Kambja_algkool, lk 73
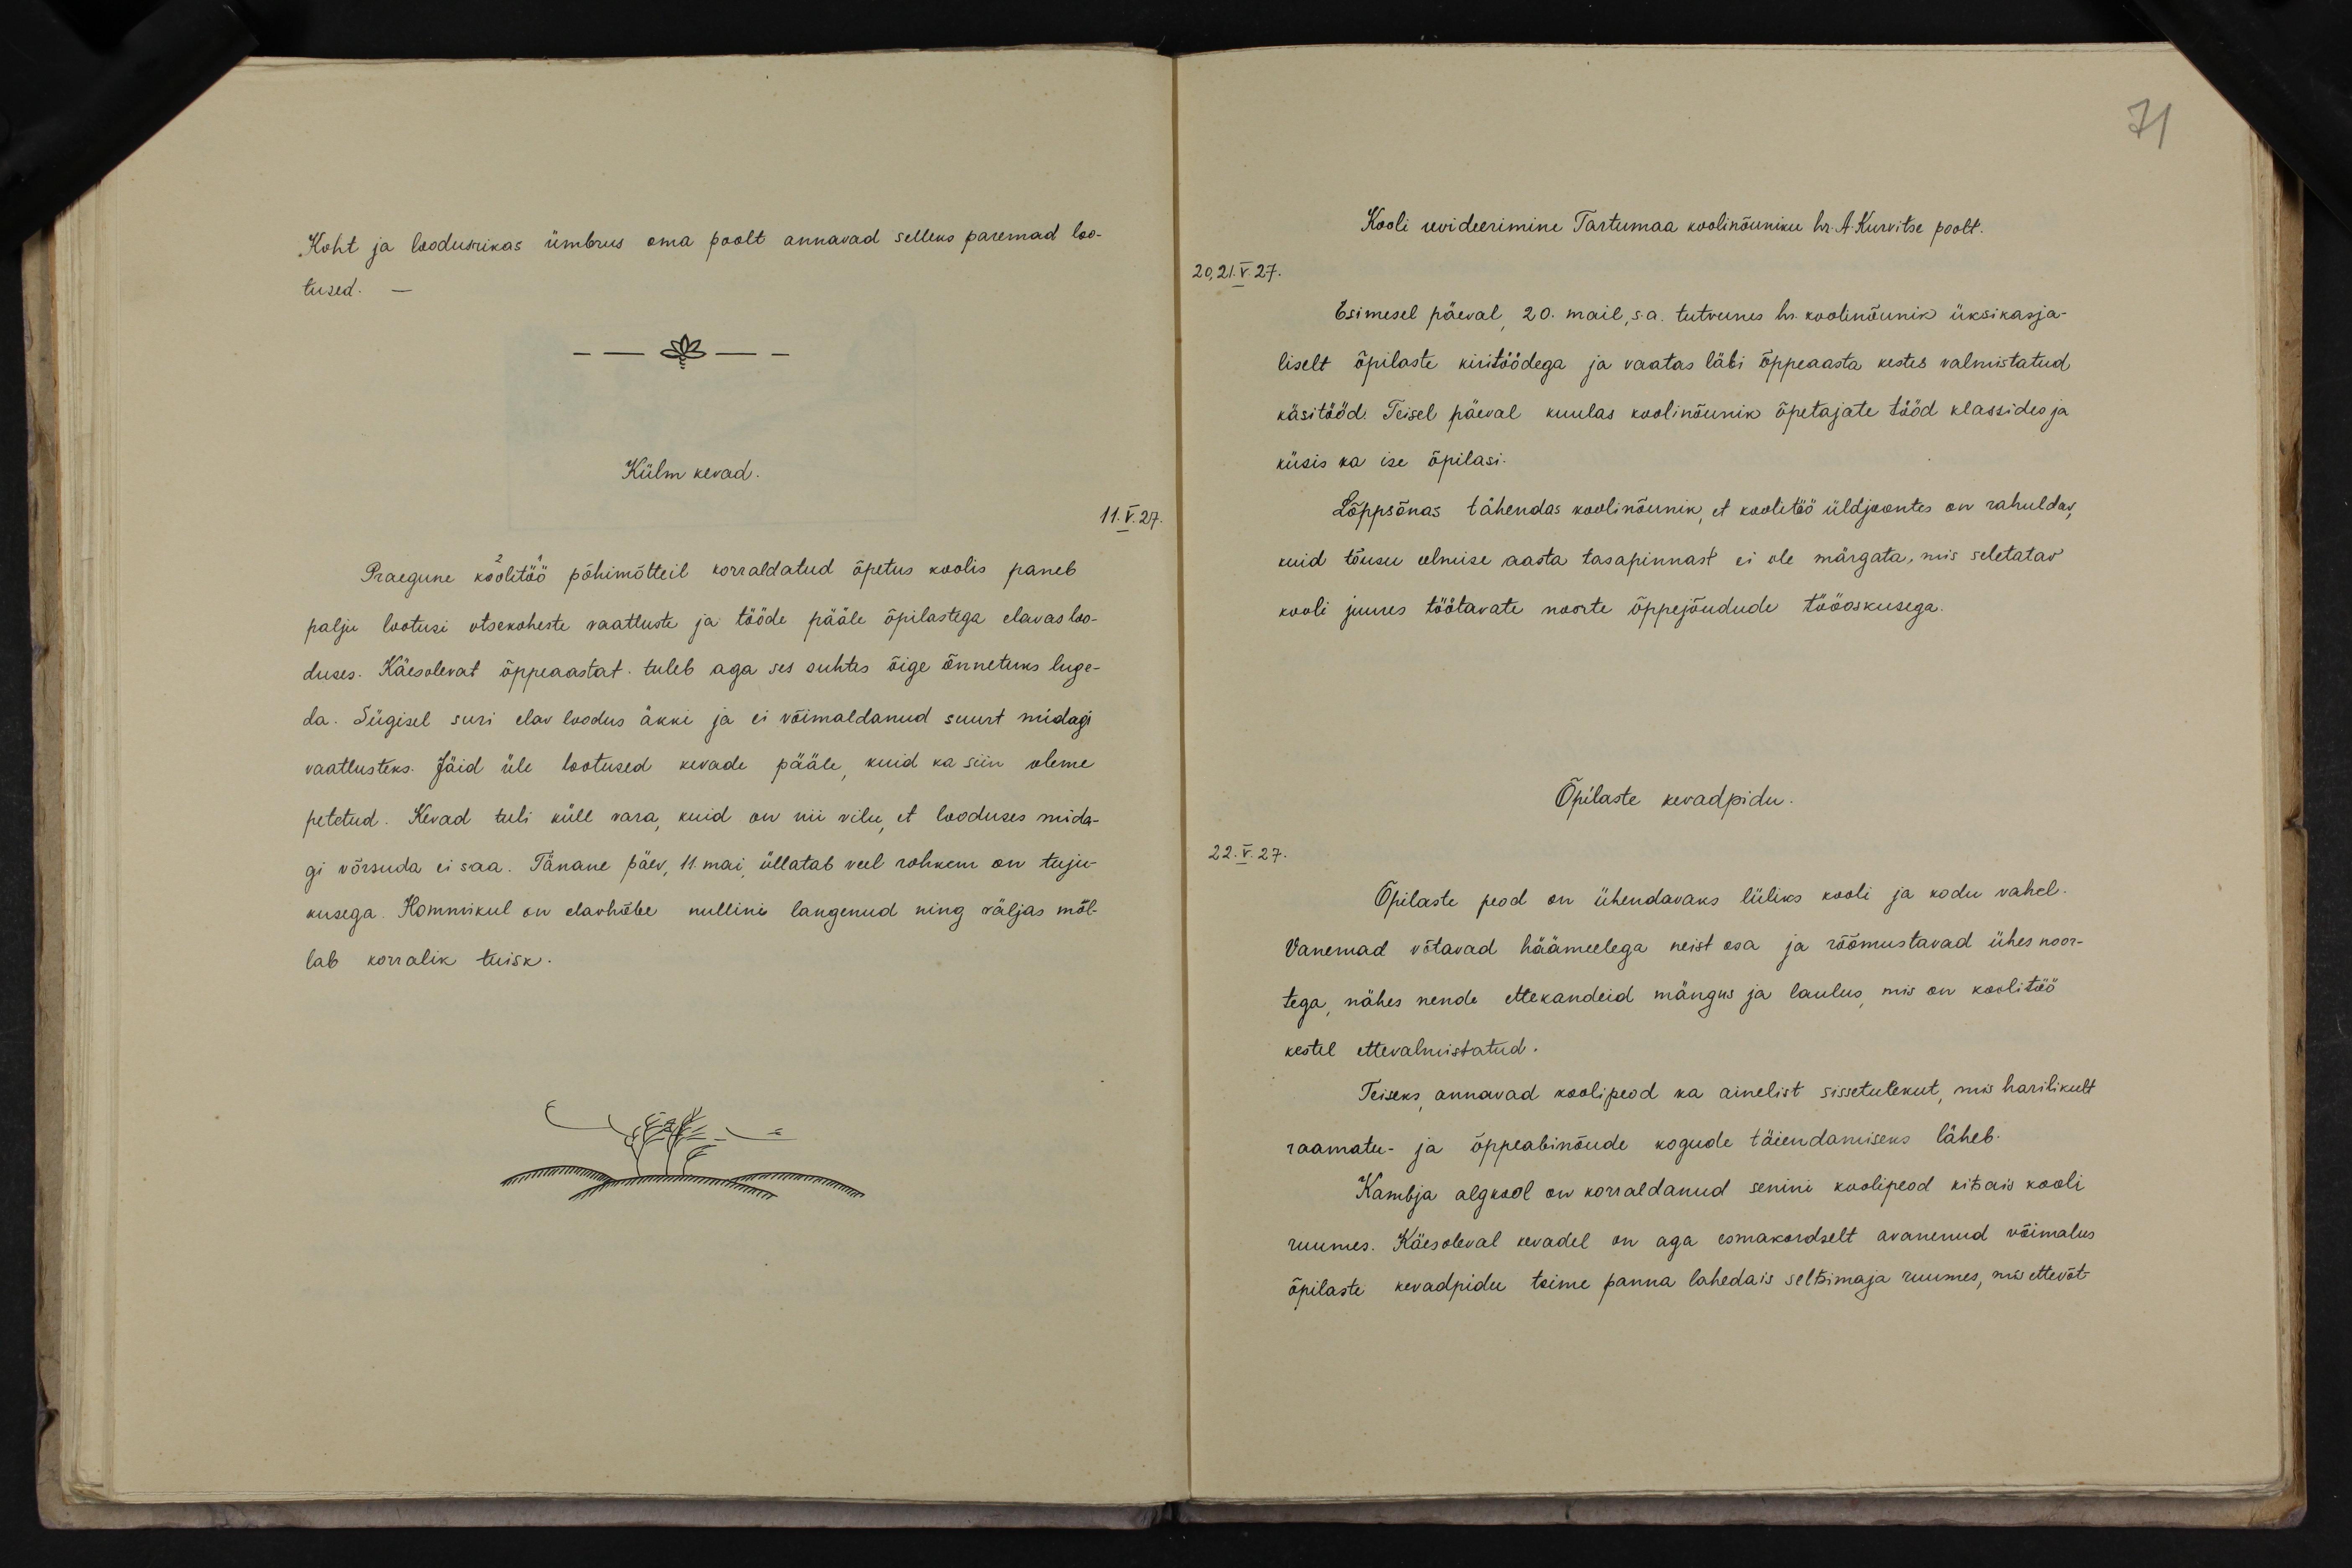
Koht ja loodusrikas ümbrus oma poolt annavad selleks paremad loo-
tused. -
Külm kevad.
11.V.27.
Praegune koolitöö põhimõtteil korraldatud õpetus koolis paneb
palju lootusi otsekoheste vaatluste ja tööde pääle õpilastega elavas loo-
duses. Käesolevat õppeaastat tuleb aga ses suhtes õige õnnetuks luge-
da. Sügisel suri elav loodus äkki ja ei võimaldanud suurt midagi
vaatlusteks. Jäid üle lootused kevade pääle, kuid ka siin oleme
petetud. Kevad tuli küll vara, kuid on nii vilu, et looduses mida-
gi võrsuda ei saa. Tänane päev, 11. mai, üllatab veel rohkem on tuju-
kusega. Hommikul on elavhõbe nullini langenud ning väljas mõl-
lab korralik tuisk.

71
Kooli revideerimine Tartumaa koolinõuniku hr. A. Kurvitse poolt.
20,21.V.27.
Esimesel päeval, 20. mail, s.a. tutvunes hr. koolinõunik üksikasja-
liselt õpilaste kiritöödega ja vaatas läbi õppeaasta kestes valmistatud
käsitööd. Teisel päeval kuulas koolinõunik õpetajate tööd klassides ja
küsis ka ise õpilasi.
Lõppsõnas tähendas kooli nõunik, et koolitöö üldjoontes on rahuldav,
kuid tõusu eelmise aasta tasapinnast ei ole märgata, mis seletatav
kooli juures töötavate noorte õppejõudude tööoskusega.
Õpilaste kevadpidu.
22.V.27.
Õpilaste peod on ühendavaks lüliks kooli ja kodu vahel.
Vanemad võtavad häämeelega neist osa ja rõõmustavad ühes noor-
tega, nähes nende ettekandeid mängus ja laulus, mis on koolitöö-
kestel ettevalmistatud.
Teiseks annavad koolipeod ka ainelist sissetulekut, mis harilikult
raamatu- ja õppeabinõude kogude täiendamiseks läheb.
Kambja algkool on korraldanud senini koolipeod kitsais kooli
ruumes. Käesoleval kevadel on aga esmakordselt avanenud võimalus
õpilaste kevadpidu toime panna lahedais seltsimaja ruumes, mis ettevõt-